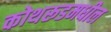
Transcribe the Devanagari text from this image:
कोथरूडमधील